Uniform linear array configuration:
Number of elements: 16
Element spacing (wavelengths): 0.5
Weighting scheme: cosine
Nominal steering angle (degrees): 45
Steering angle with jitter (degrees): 45.017
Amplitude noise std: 0.05
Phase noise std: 0.05

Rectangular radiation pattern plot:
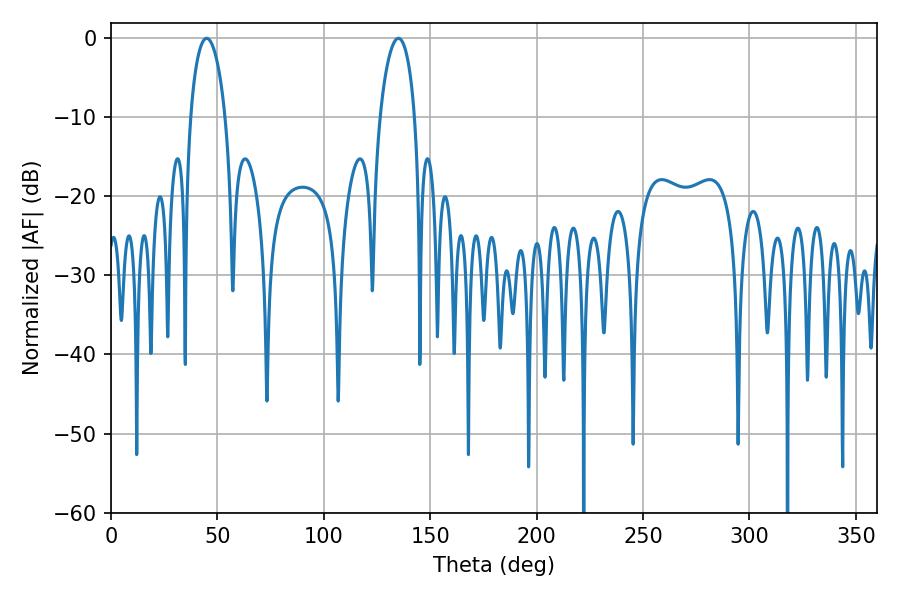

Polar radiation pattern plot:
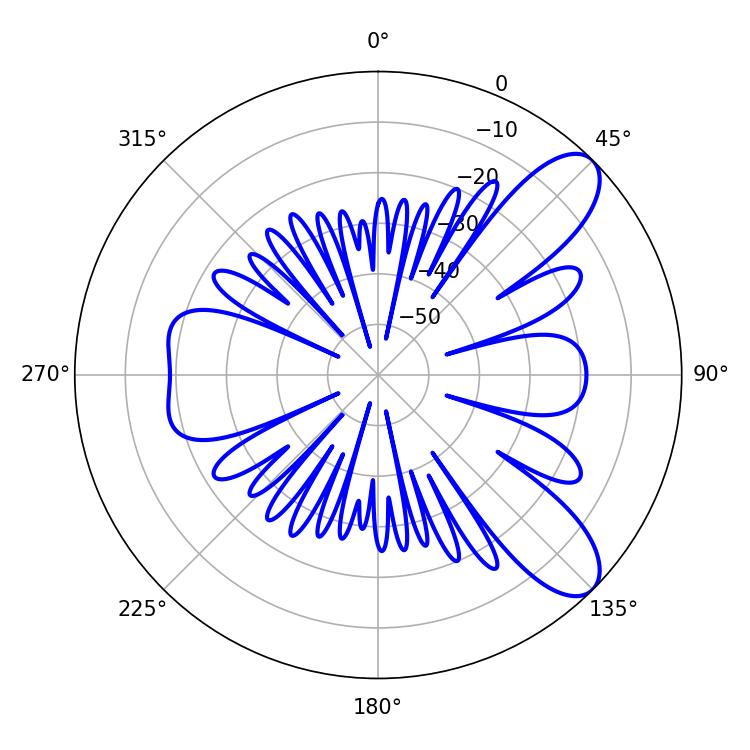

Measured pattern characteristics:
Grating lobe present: FALSE
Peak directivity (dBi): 9.142
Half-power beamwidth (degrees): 9.36
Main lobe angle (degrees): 45